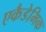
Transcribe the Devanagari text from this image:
एकैडेमिक